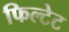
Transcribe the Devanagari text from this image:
फिल्टेट